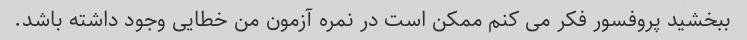
ببخشید پروفسور فکر می کنم ممکن است در نمره آزمون من خطایی وجود داشته باشد.